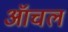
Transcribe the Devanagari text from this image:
ऑचल